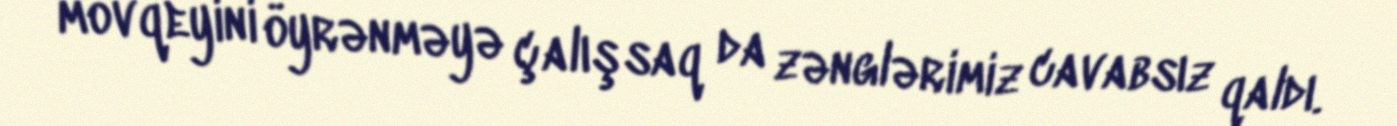
mövqeyini öyrənməyə çalışsaq da zənglərimiz cavabsız qaldı.